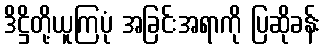
ဒိဋ္ဌိတို့ယူကြပုံ အခြင်းအရာကို ပြဆိုခန်း